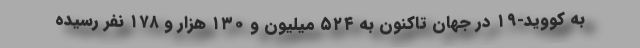
به کووید-۱۹ در جهان تاکنون به ۵۲۴ میلیون و ۱۳۰ هزار و ۱۷۸ نفر رسیده